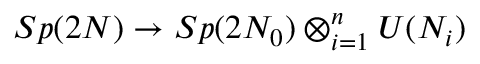
S p ( 2 N ) \to S p ( 2 N _ { 0 } ) \otimes _ { i = 1 } ^ { n } U ( N _ { i } )